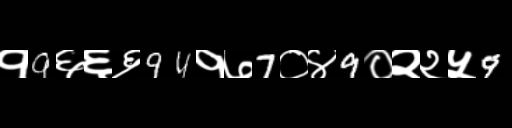
Text: १9६६६94१७7०४9०२२५9